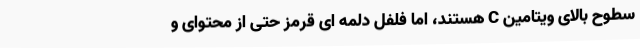
سطوح بالای ویتامین C هستند، اما فلفل دلمه ای قرمز حتی از محتوای و